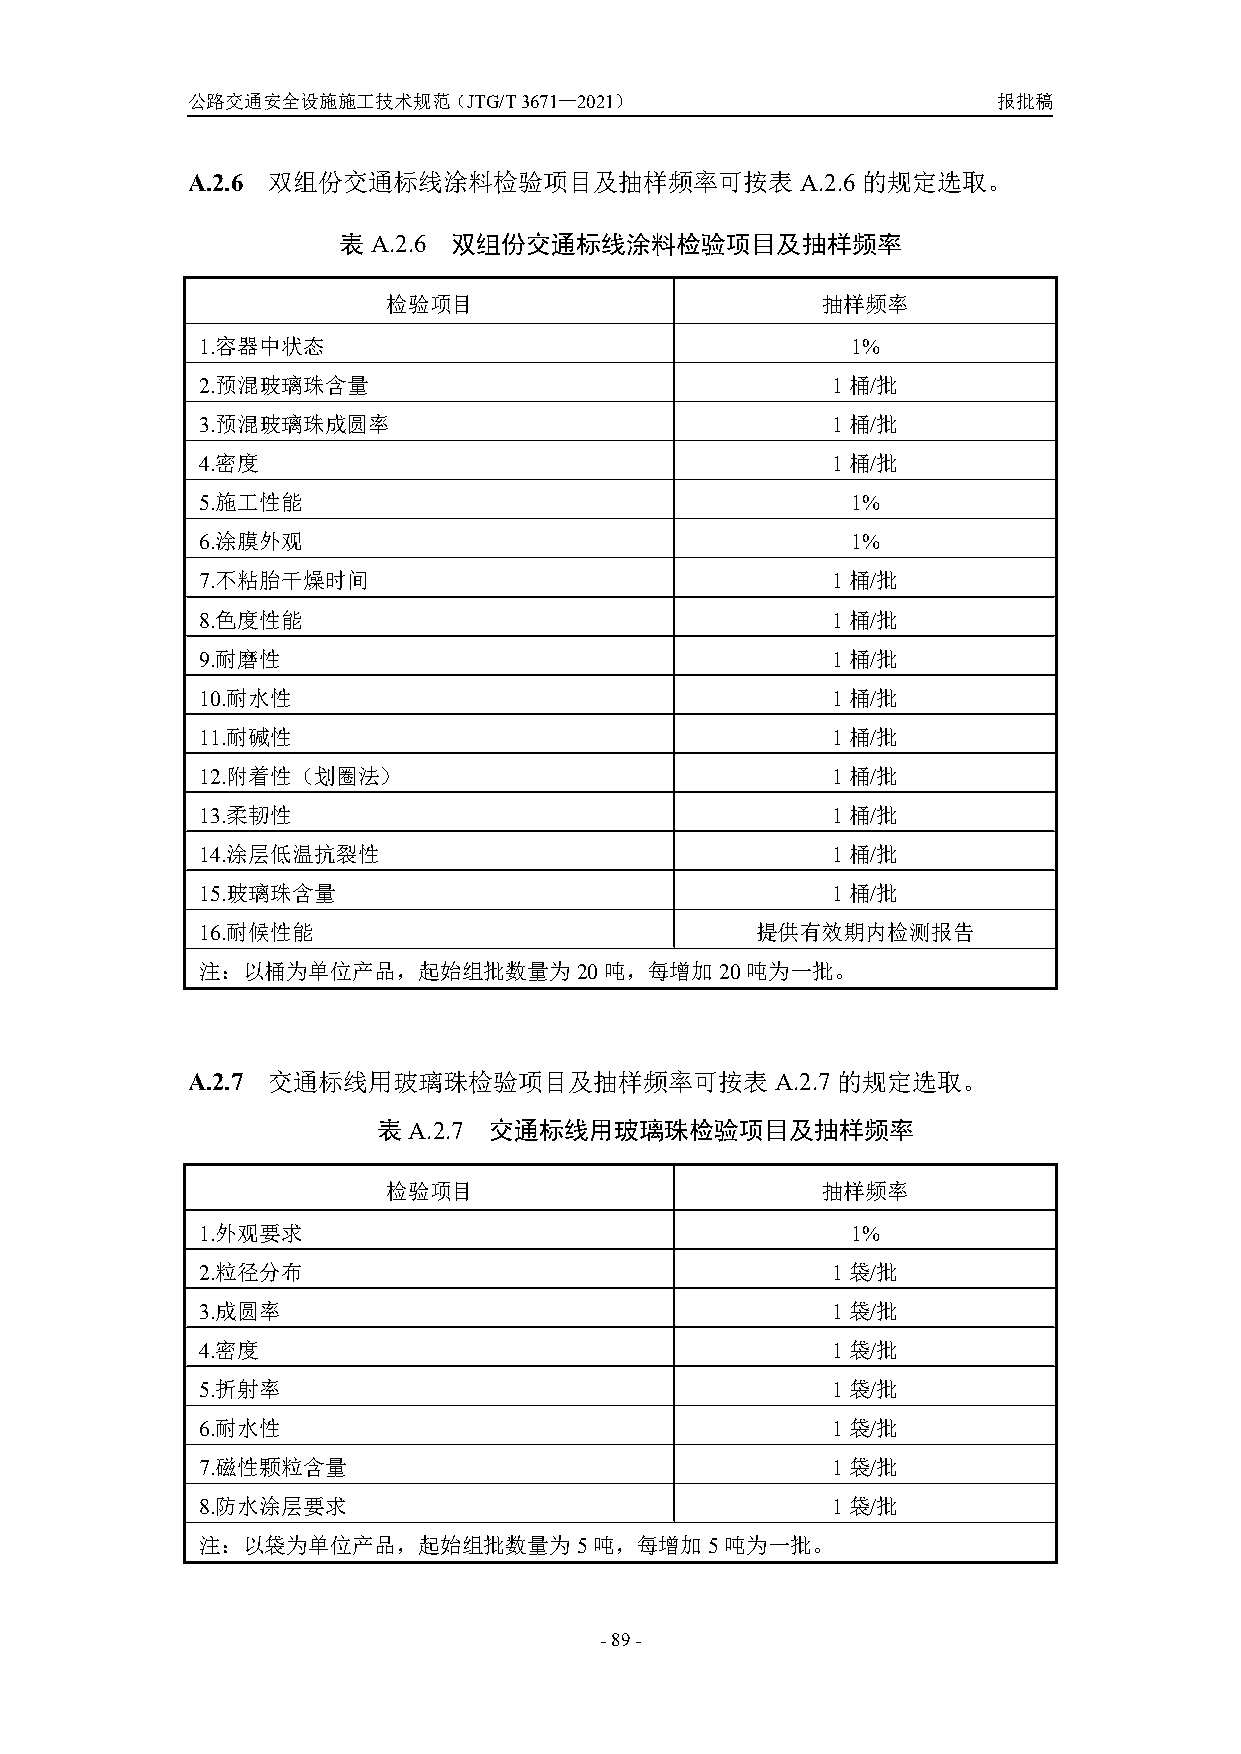
公路交通安全设施施工技术规范（JTG/T3671—2021）                        报批稿
 A.2.6 双组份交通标线涂料检验项目及抽样频率可按表A.2.6的规定选取。
 表A.2.6  双组份交通标线涂料检验项目及抽样频率
 检验项目                        抽样频率
 1.容器中状态                                    1%
 2.预混玻璃珠含量                                 1桶/批
 3.预混玻璃珠成圆率                                1桶/批
 4.密度                                      1桶/批
 5.施工性能                                     1%
 6.涂膜外观                                     1%
 7.不粘胎干燥时间                                 1桶/批
 8.色度性能                                    1桶/批
 9.耐磨性                                     1桶/批
 10.耐水性                                    1桶/批
 11.耐碱性                                    1桶/批
 12.附着性（划圈法）                               1桶/批
 13.柔韧性                                    1桶/批
 14.涂层低温抗裂性                                1桶/批
 15.玻璃珠含量                                  1桶/批
 16.耐候性能                              提供有效期内检测报告
 注：以桶为单位产品，起始组批数量为20吨，每增加20吨为一批。
 A.2.7 交通标线用玻璃珠检验项目及抽样频率可按表A.2.7            的规定选取。
 表A.2.7 交通标线用玻璃珠检验项目及抽样频率
 检验项目                        抽样频率
 1.外观要求                                     1%
 2.粒径分布                                    1袋/批
 3.成圆率                                     1袋/批
 4.密度                                      1袋/批
 5.折射率                                     1袋/批
 6.耐水性                                     1袋/批
 7.磁性颗粒含量                                  1袋/批
 8.防水涂层要求                                  1袋/批
 注：以袋为单位产品，起始组批数量为5吨，每增加5吨为一批。
 -89-